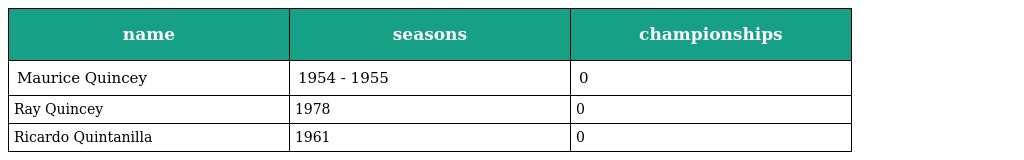
| name | seasons | championships |
 | --- | --- | --- |
 | Maurice Quincey | 1954 - 1955 | 0 |
 | Ray Quincey | 1978 | 0 |
 | Ricardo Quintanilla | 1961 | 0 |